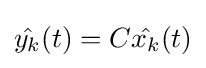
{\hat {y_{k}}}(t)=C{\hat {x_{k}}}(t)